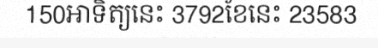
150អាទិត្យនេះ 3792ខែនេះ 23583